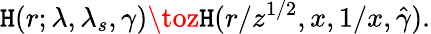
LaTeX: \mathtt{H}(r;\lambda,\lambda_{s},\gamma)\toz\mathtt{H}(r/z^{1/2},x,1/x,\hat{{\gamma}}).